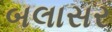
બલાસર